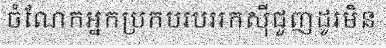
ចំណែកអ្នកប្រកបរបររកស៊ីជួញដូរមិន